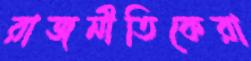
রাজনীতিকেরা